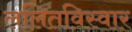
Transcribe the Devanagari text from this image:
ललितविस्वार